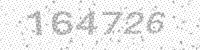
Solution: 164726